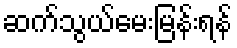
ဆက်သွယ်မေးမြန်းရန်